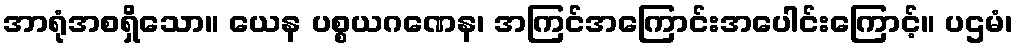
အာရုံအစရှိသော။ ယေန ပစ္စယဂဏေန၊ အကြင်အကြောင်းအပေါင်းကြောင့်။ ပဌမံ၊